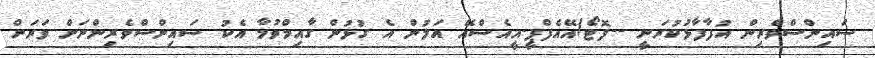
ސައިންސްވެރިން އުފާފާޅުކުރަނީ --ފޮޓޯ/އޭއެފްޕީ-އީއެސްއޭ އަލުން އެ ގުޅުން ގާއިމްވުމާ އެކު ސައިންސްވެރިންނަށް ވަރަށް